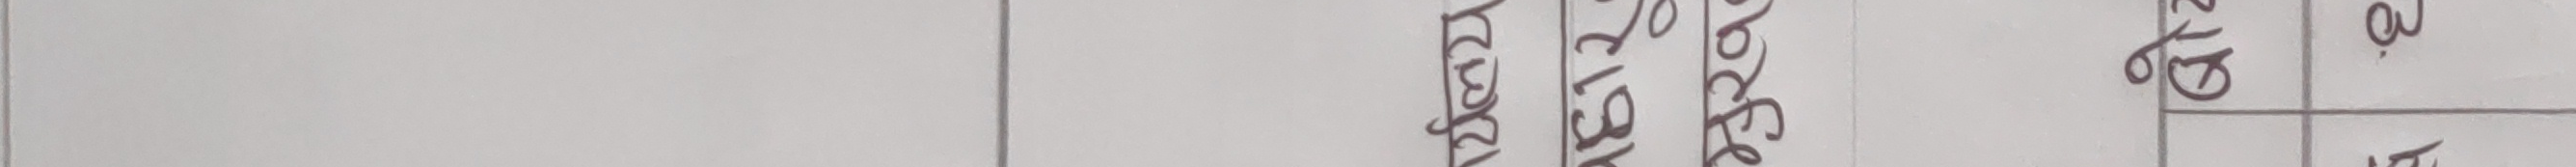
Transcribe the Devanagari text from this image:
क्र.सं. ऐन/नियम कैफियत द.नं. २१२ ३